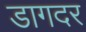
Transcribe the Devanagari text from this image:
डागदर